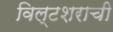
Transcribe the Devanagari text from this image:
विल्टशराची